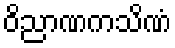
ဝိညာဏကသိဏံ